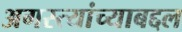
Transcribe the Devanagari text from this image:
अगस्त्यांच्याबद्दल